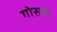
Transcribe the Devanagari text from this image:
गोसांय